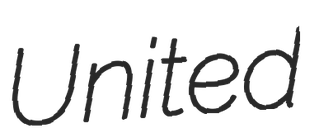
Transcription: United